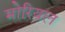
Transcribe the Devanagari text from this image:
मोरियल